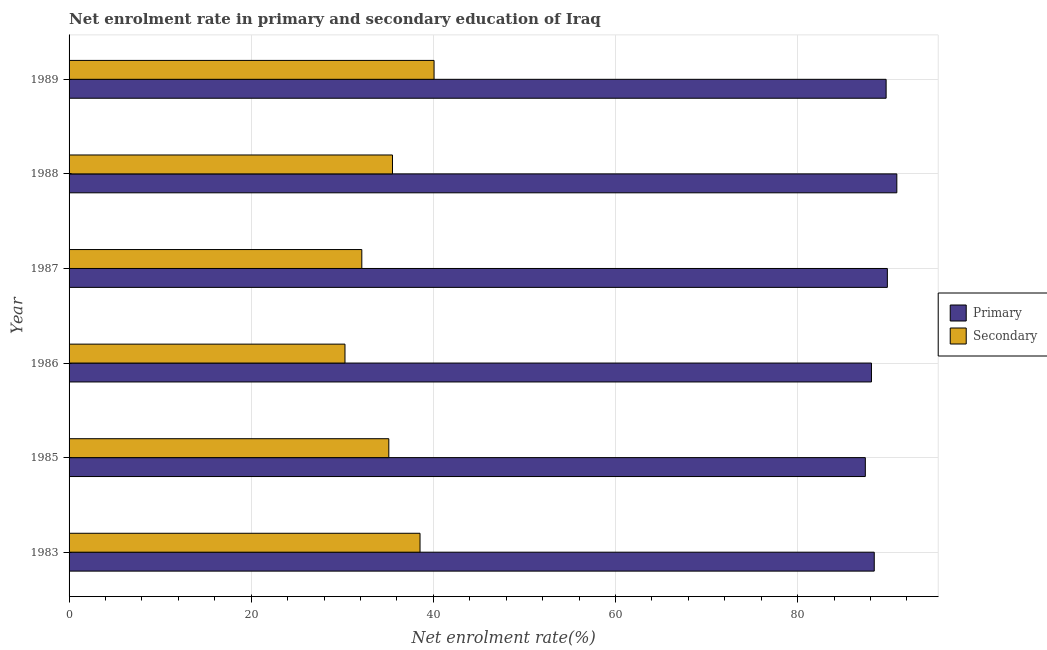
| Year | Primary | Secondary |
 | --- | --- | --- |
 | 1983 | 88.4 | 38.5 |
 | 1985 | 87.4 | 35.1 |
 | 1986 | 88.1 | 30.3 |
 | 1987 | 89.8 | 32.1 |
 | 1988 | 90.9 | 35.5 |
 | 1989 | 89.7 | 40.1 |